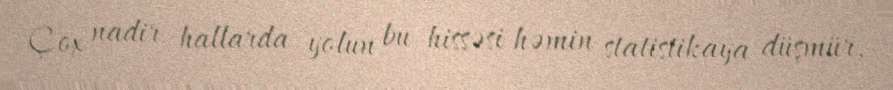
Çox nadir hallarda yolun bu hissəsi həmin statistikaya düşmür.